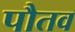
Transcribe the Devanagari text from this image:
पौतव